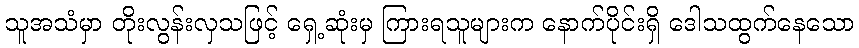
သူအသံမှာ တိုးလွန်းလှသဖြင့် ရှေ့ဆုံးမှ ကြားရသူများက နောက်ပိုင်းရှိ ဒေါသထွက်နေသော